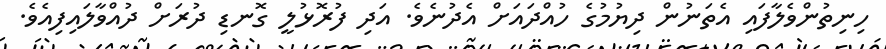
ހިނިތުންވެލާފައި އެތަނުން ދިޔުމުގެ ހުއްދައަށް އެދުނެވެ. އަދި ފުރޮޅުލީ ގޮނޑި ދުރަށް ދުއްވާލައިފިއެވެ.